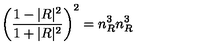
\left( \frac { 1 - | R | ^ { 2 } } { 1 + | R | ^ { 2 } } \right) ^ { 2 } = n _ { R } ^ { 3 } n _ { R } ^ { 3 }